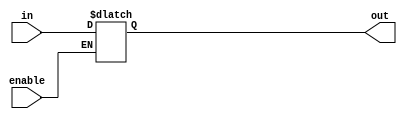
// 55:035 sisc processor project
// 16-bit mux

`timescale 1ns/100ps

module statreg (in, enable, out);

  /*
   *  STATUS REGISTER - statreg.v
   *
   *  Inputs:
   *   - in (4 bits): The status bits generated by the ALU. The status register
   *        saves these bits so that the control unit can use them in branches.
   *        For a description of the status bits, see the description of alu.v.
   *   - enable: When this is set to 1, the values of in are saved.
   *
   *  Outputs:
   *   - out (4 bits): The status bits saved from the ALU.
   *
   */

  input  [3:0] in;
  input        enable;
  output [3:0] out;

  reg   [3:0] outreg;

  initial
    outreg = 4'b0000;
   
  always @ (enable, in)
    if (enable == 1'b1)
      outreg = in;

  assign out = outreg;

endmodule